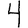
Digit: 4